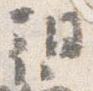
朝